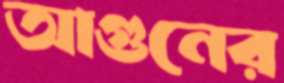
আগুনের